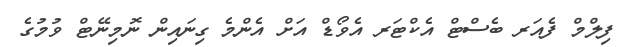
ފިލްމް ފެއަރ ބެސްޓް އެކްޓަރ އެވޯޑް އަށް އެންމެ ގިނައިން ނޮމިނޭޓް ވުމުގެ